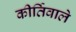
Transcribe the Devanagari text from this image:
कीर्तिवाले